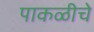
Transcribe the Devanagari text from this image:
पाकळीचे